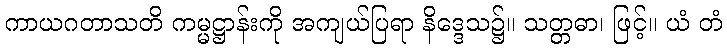
ကာယဂတာသတိ ကမ္မဋ္ဌာန်းကို အကျယ်ပြရာ နိဒ္ဒေသ၌။ သတ္တဓာ၊ ဖြင့်။ ယံ တံ